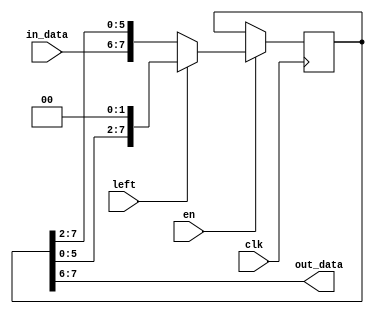
`timescale 1ns / 1ps
//////////////////////////////////////////////////////////////////////////////////
// Company: 
// Engineer: 
// 
// Design Name: 
// Module Name: shift_register
// Project Name: 
// Target Devices: 
// Tool Versions: 
// Description: 
// 
// Dependencies: 
// 
// Revision:
// Revision 0.01 - File Created
// Additional Comments:
// 
//////////////////////////////////////////////////////////////////////////////////


module shift_register(
    input clk,
    input en,
    input left,
    input [1:0] in_data,
    output [1:0] out_data
    );
    reg [7:0] register = 0;
    always @(posedge clk) begin
        if (en) begin
            if (left)
                register = {register[5:0], 2'b0};
            else
                register = {in_data, register[7:2]};
        end
    end
    assign out_data = register[7:6];
endmodule